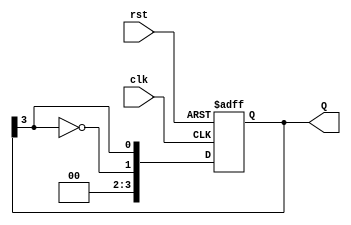
module JohnsonCounter #(parameter N = 4) (
    input wire clk,       // Clock signal
    input wire rst,       // Asynchronous reset
    output reg [N-1:0] Q  // Counter output
);

    always @(posedge clk or posedge rst) begin
        if (rst) begin
            Q <= 0;  // Reset the counter to 0
        end else begin
            Q <= {~Q[N-1], Q[N-1:N-1]}; // Shift and invert the last bit
        end
    end

endmodule